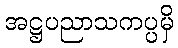
အဋ္ဌပညာသကပ္ပမှိ